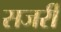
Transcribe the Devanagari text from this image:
सजर्री